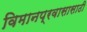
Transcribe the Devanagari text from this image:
विमानप्रवासासाठी